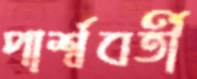
পার্শ্ববর্তী